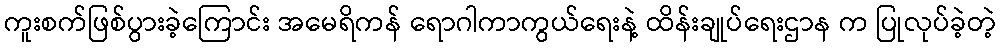
ကူးစက်ဖြစ်ပွားခဲ့ကြောင်း အမေရိကန် ရောဂါကာကွယ်ရေးနဲ့ ထိန်းချုပ်ရေးဌာန က ပြုလုပ်ခဲ့တဲ့